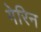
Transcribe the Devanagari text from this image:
गेरिन